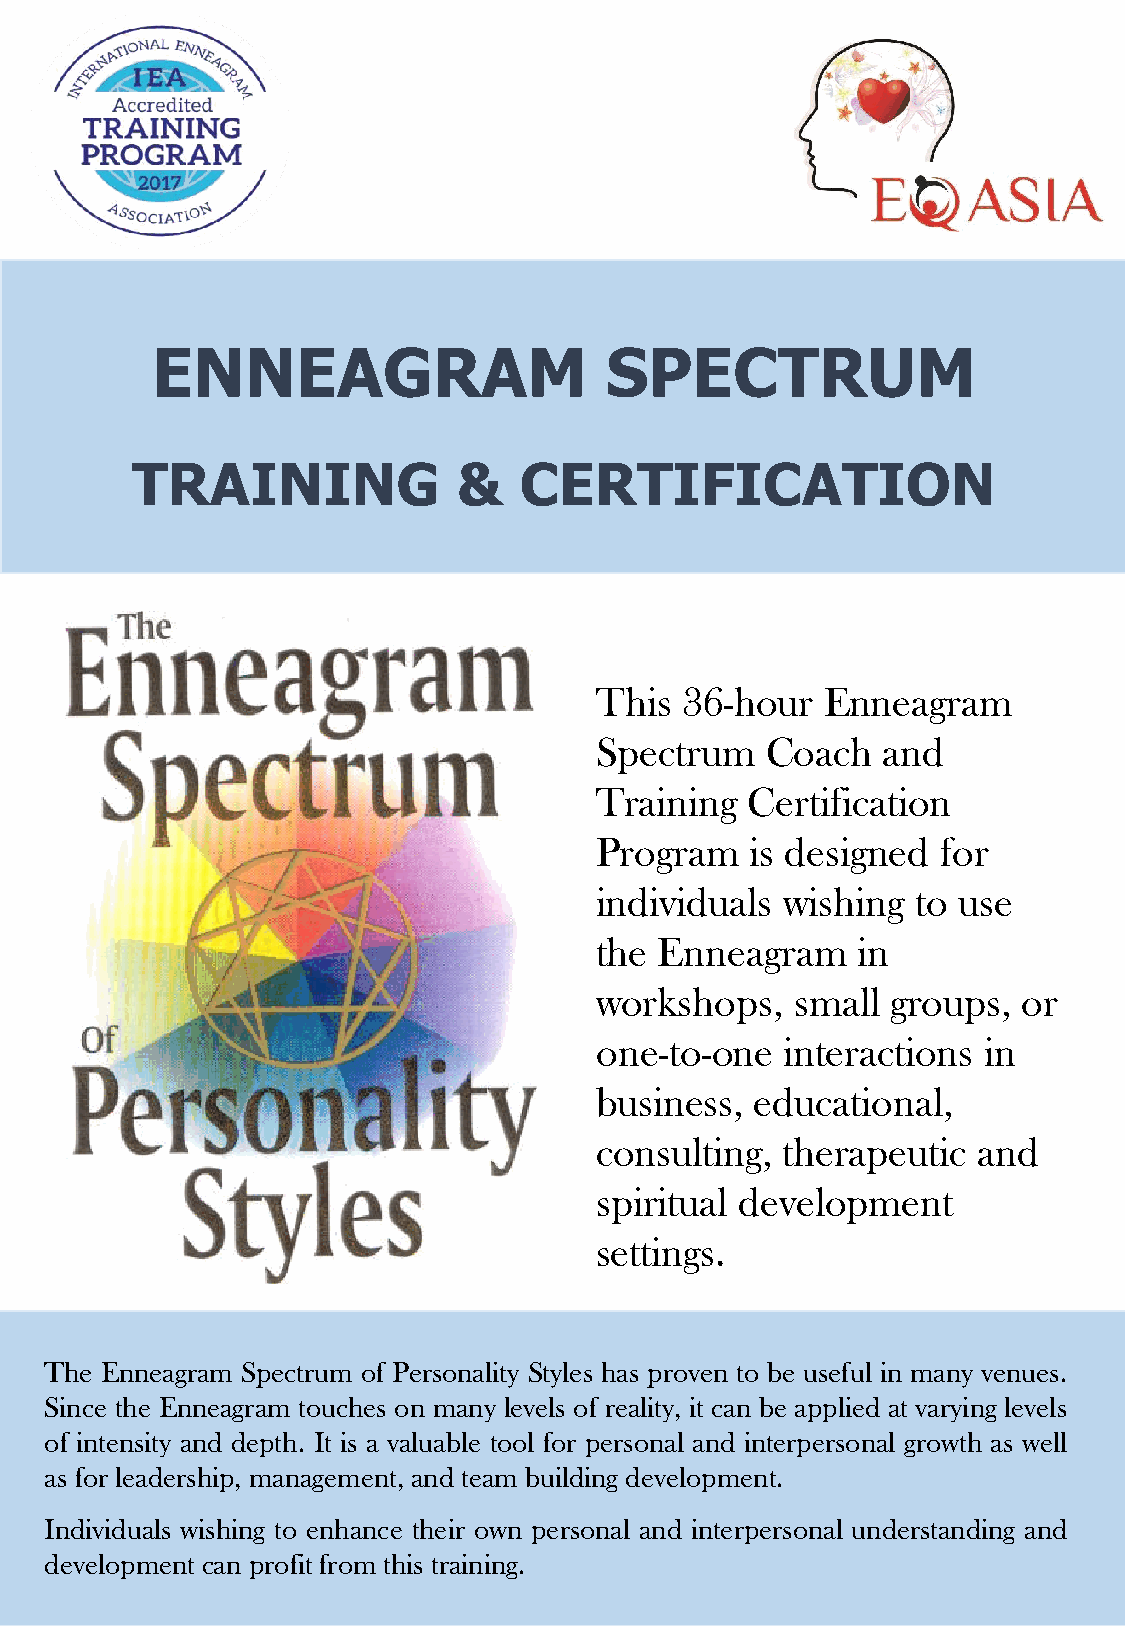
ENNEAGRAM                     SPECTRUM
 TRAINING             &   CERTIFICATION
 This  36-hour   Enneagram
 Spectrum    Coach  and
 Training   Certification
 Program    is designed for
 individuals  wishing  to use
 the  Enneagram    in
 workshops,    small groups,  or
 one-to-one   interactions in
 business,  educational,
 consulting,  therapeutic  and
 spiritual development
 settings.
 The Enneagram Spectrum of Personality Styles has proven to be useful in many venues.
 Since the Enneagram touches on many levels of reality, it can be applied at varying levels
 of intensity and depth. It is a valuable tool for personal and interpersonal growth as well
 as for leadership, management, and team building development.
 Individuals wishing to enhance their own personal and interpersonal understanding and
 development can profit from this training.